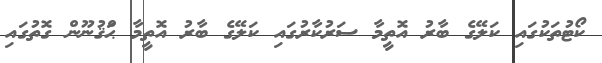
ކޯޓުތަކުގައި ކަލޭގެ ބާރު އޮތީމާ ސަރުކާރުގައި ކަލޭގެ ބާރު އޮތީމާ ޙަްޤުނޫން ގޮތުގައި